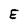
Character: E